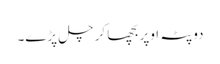
دوپٹہ اوپر بچھا کر چل پڑے۔